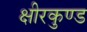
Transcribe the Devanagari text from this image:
क्षीरकुण्ड